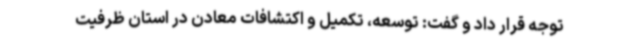
توجه قرار داد و گفت: توسعه، تکمیل و اکتشافات معادن در استان ظرفیت